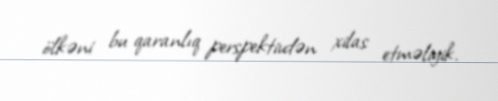
ölkəni bu qaranlıq perspektivdən xilas etməliyik.